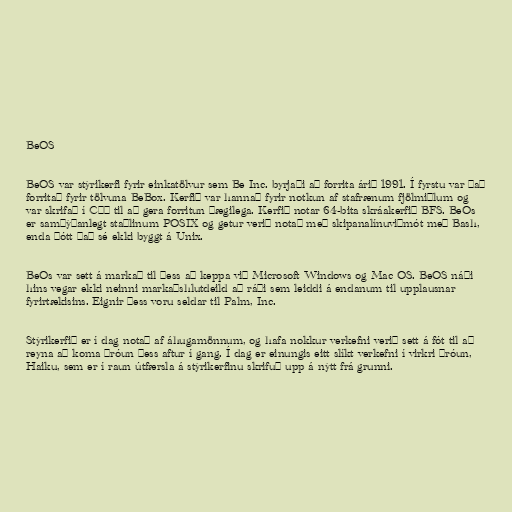
BeOS

BeOS var stýrikerfi fyrir einkatölvur sem Be Inc. byrjaði að forrita árið 1991. Í fyrstu var það
forritað fyrir tölvuna BeBox. Kerfið var hannað fyrir notkun af stafrænum fjölmiðlum og
var skrifað í C++ til að gera forritun þægilega. Kerfið notar 64-bita skráakerfið BFS. BeOs
er samþýðanlegt staðlinum POSIX og getur verið notað með skipanalínuviðmót með Bash,
enda þótt það sé ekki byggt á Unix.

BeOs var sett á markað til þess að keppa við Microsoft Windows og Mac OS. BeOS náði
hins vegar ekki neinni markaðshlutdeild að ráði sem leiddi á endanum til upplausnar
fyrirtækisins. Eignir þess voru seldar til Palm, Inc.

Stýrikerfið er í dag notað af áhugamönnum, og hafa nokkur verkefni verið sett á fót til að
reyna að koma þróun þess aftur í gang. Í dag er einungis eitt slíkt verkefni í virkri þróun,
Haiku, sem er í raun útfærsla á stýrikerfinu skrifuð upp á nýtt frá grunni.